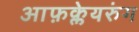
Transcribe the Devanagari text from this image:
आफ़क्लेयरुंग